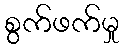
စွက်ဖက်မှု